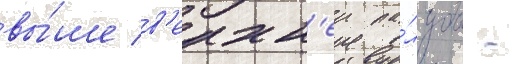
вы́ше в'ерхн'еи па́лубы -